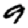
Digit: 9